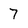
Character: 7